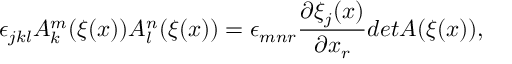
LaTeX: \epsilon _ { j k l } A _ { k } ^ { m } ( \xi ( x ) ) A _ { l } ^ { n } ( \xi ( x ) ) = \epsilon _ { m n r } \frac { \partial \xi _ { j } ( x ) } { \partial x _ { r } } d e t A ( \xi ( x ) ) ,